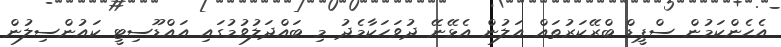
އެހެންކަމުން ސްޕީޑް ބްރޭކަރުތައް އަލުން އެޅޭނޭ ދުވަހަކާމެދު މި ބައްދަލުވުމުގައި އައްޑޫސިޓީ ކައުންސިލުން